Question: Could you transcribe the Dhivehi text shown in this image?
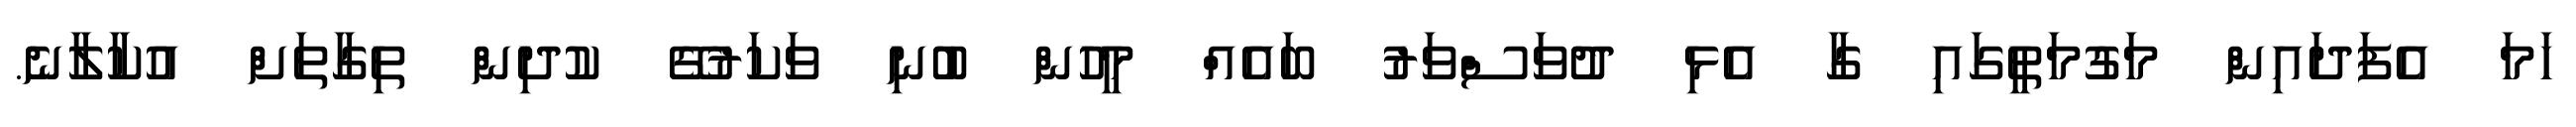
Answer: ހަމަ އެފަދައިން މަގުމަތީގައި ގާ އެޅި ދުވަސްވަރު ބައެއް މީހުން ބުނި ވަކަރުގޭ ކުދިން ތިގާތަށް އުކާލާނެ.